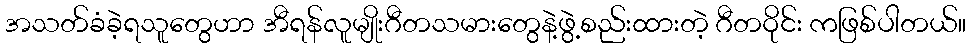
အသတ်ခံခဲ့ရသူတွေဟာ အီရန်လူမျိုးဂီတသမားတွေနဲ့ဖွဲ့စည်းထားတဲ့ ဂီတဝိုင်း ကဖြစ်ပါတယ်။